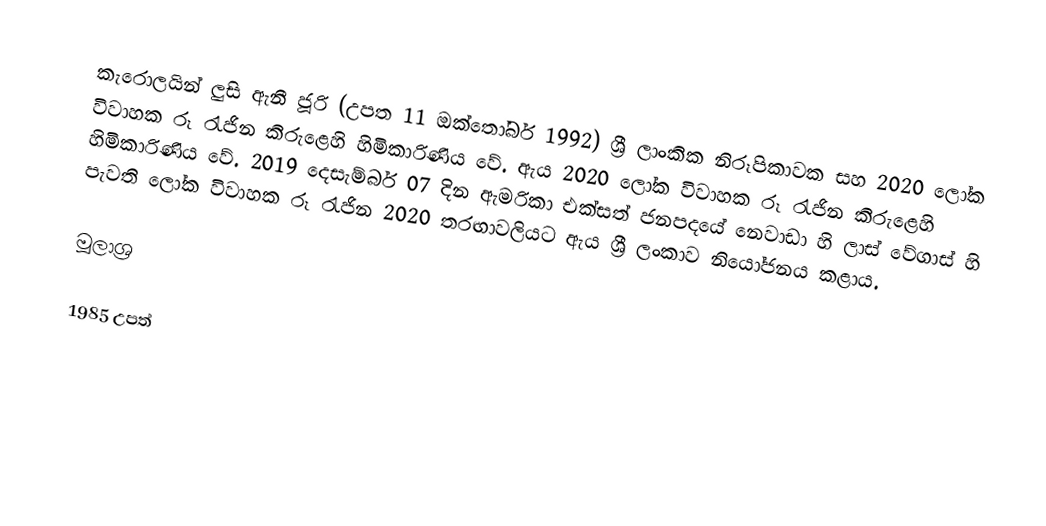
කැරොලයින් ලුසි ඇනී ජූරි (උපත 11 ඔක්තෝබර් 1992) ශ්‍රී ලාංකික නිරූපිකාවක සහ 2020 ලෝක විවාහක රූ රැජින කිරුළෙහි හිමිකාරිණිය වේ. ඇය 2020 ලෝක විවාහක රූ රැජින කිරුළෙහි හිමිකාරිණිය වේ. 2019 දෙසැම්බර් 07 දින ඇමරිකා එක්සත් ජනපදයේ නෙවාඩා හි ලාස් වේගාස් හි පැවති ලෝක විවාහක රූ රැජින 2020  තරඟාවලියට ඇය ශ්‍රී ලංකාව නියෝජනය කළාය.

මූලාශ්‍ර

1985 උපත්